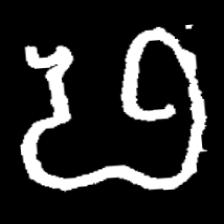
Pyu character \u2014 Myanmar letter: ဖ (romanized: pha)